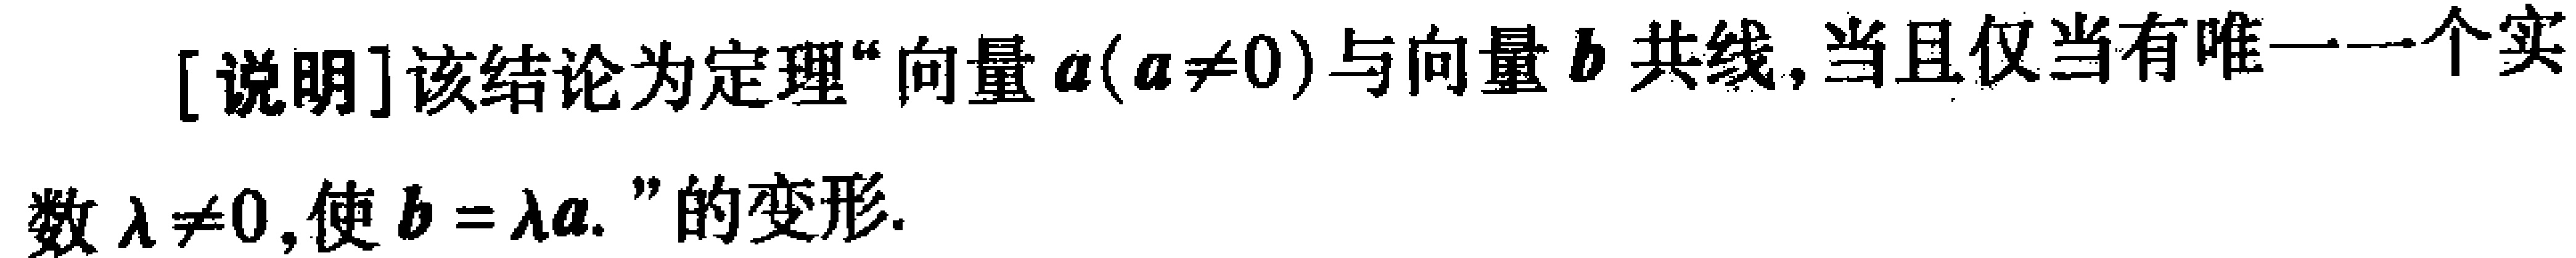
[说明]该结论为定理“向量\(\boldsymbol{a}(\boldsymbol{a}\neq\boldsymbol{0})\)与向量\(\boldsymbol{b}\)共线,当且仅当有唯一一个实数\(\lambda\neq0\),使\(\boldsymbol{b} = \lambda\boldsymbol{a}\).”的变形.